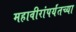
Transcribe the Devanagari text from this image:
महावीरांपर्यंतच्या